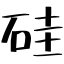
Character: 硅